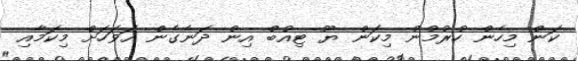
ކަން މިހެން ހުރުމުން މިކަން ޔޫ ޓިއުބް އިން ދަނެގެން އަވަހަށް މިކަމާއި